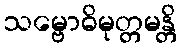
သမ္ဗောဓိမုတ္တမန္တိ